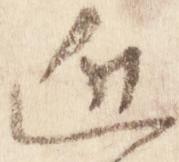
近